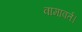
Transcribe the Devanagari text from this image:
वामावर्त।